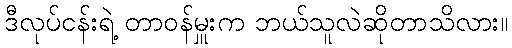
ဒီလုပ်ငန်းရဲ့ တာဝန်မှူးက ဘယ်သူလဲဆိုတာသိလား။